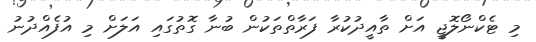
މި ޓެކްނޯލޮޖީ އަށް ތާއީދުކުރާ ފަރާތްތަކުން ބުނާ ގޮތުގައި އަލަށް މި އުފެއްދުނު